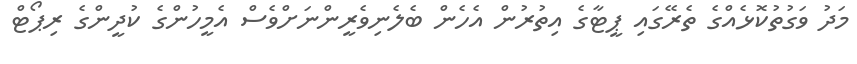
މަދު ވަގުތުކޮޅެއްގެ ތެރޭގައި ޕީޓާގެ އިތުރުން އެހެން ބެލެނިވެރީންނަށްވެސް އެމީހުންގެ ކުދީންގެ ރިޕޯޓް